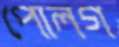
পোলগ